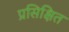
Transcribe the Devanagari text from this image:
प्रसिक्षित